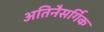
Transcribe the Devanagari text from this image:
अतिनैसर्गिक